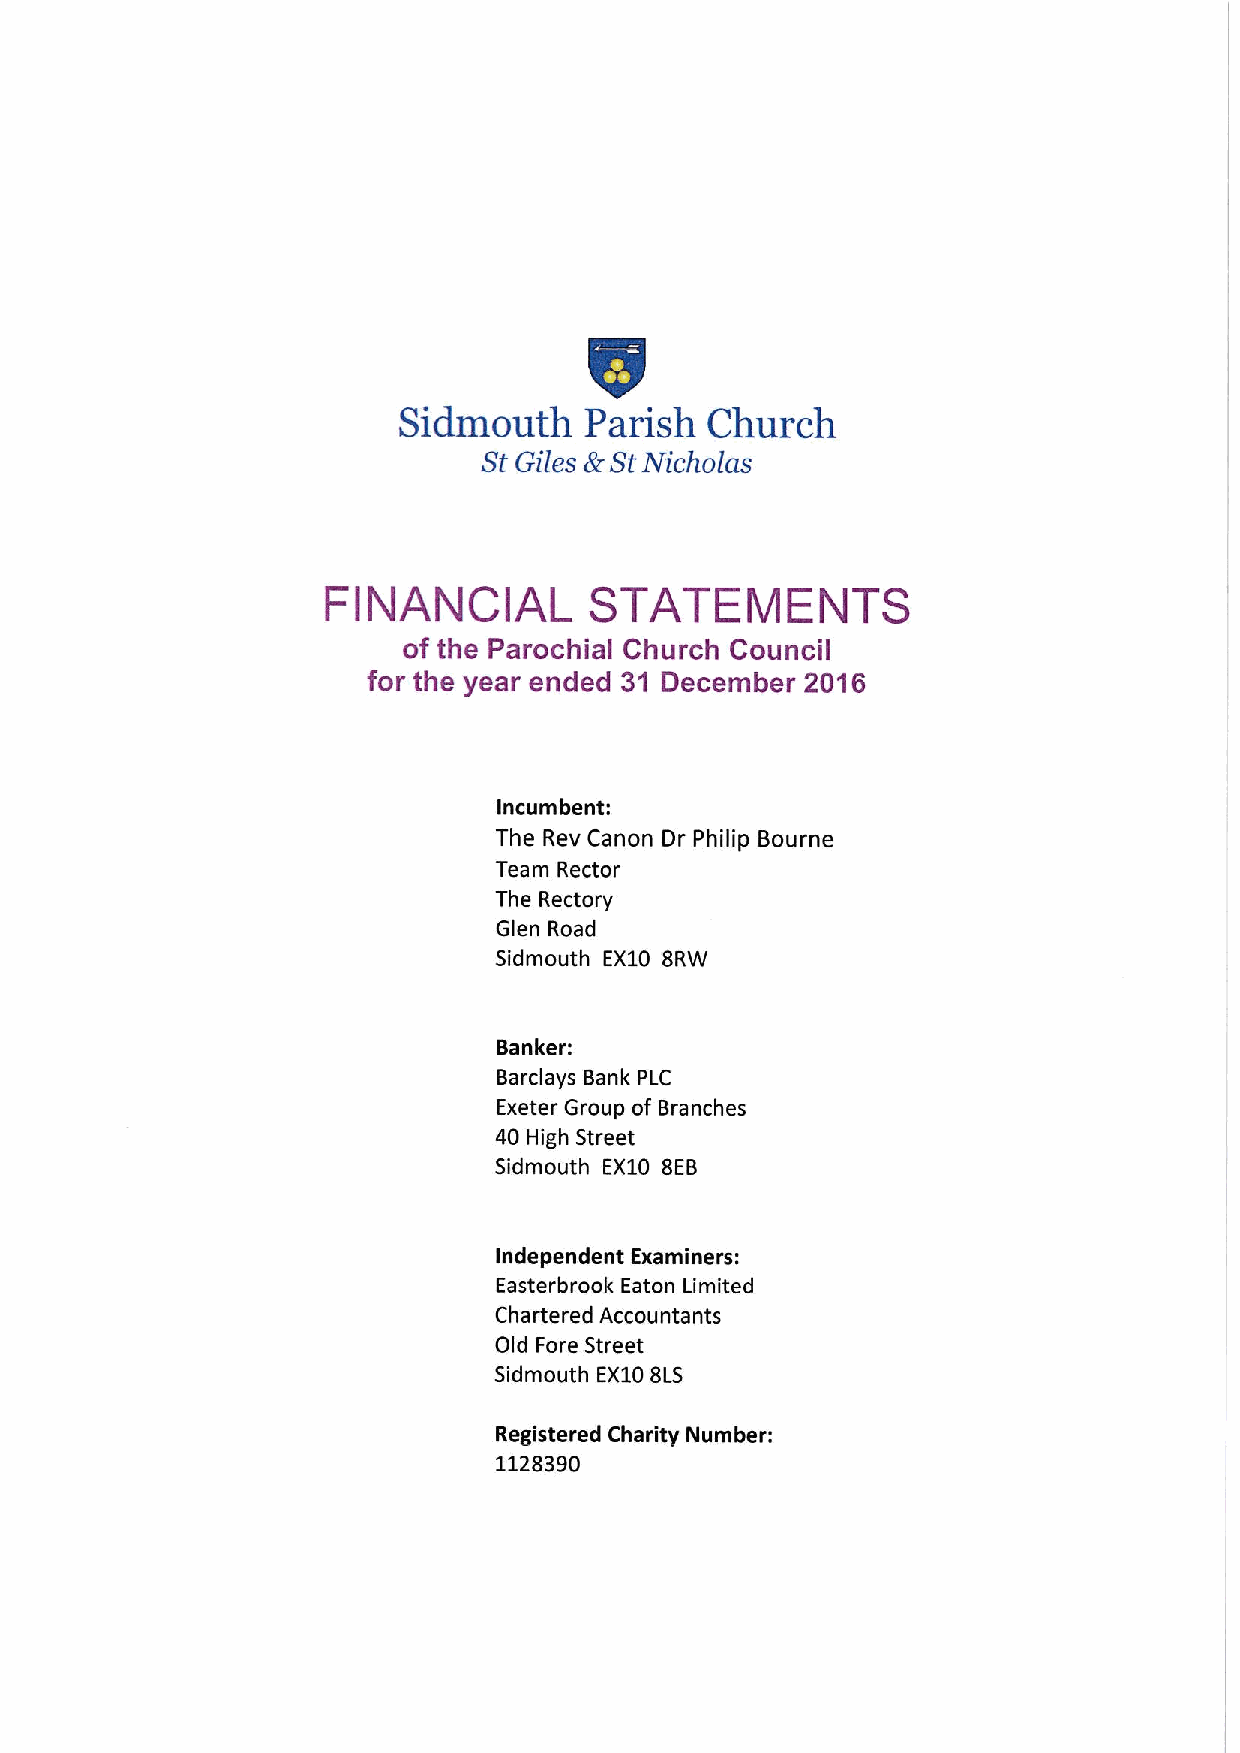
Sidmouth     Parish  Church
 StGiles
 tlr
 StNicholas
 FINANCIAL        STATEMENTS
 of the Parochial Church Council
 for the year ended 31 December 2016
 Incumbent:
 The Rev Canon Dr Philip Bourne
 Team Rector
 The Rectory
 Glen Road
 Sidmouth EX10 BRW
 Banker:
 Barclays Bank PLC
 Exeter Group of Branches
 40 High Street
 Sidmouth EX10 BEB
 Independent Examiners:
 Easterbrook Eaton Limited
 Chartered Accountants
 Old Fore Street
 Sidmouth EX10BLS
 Registered Charity Number:
 1128390